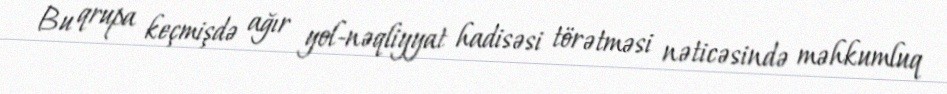
Bu qrupa keçmişdə ağır yol-nəqliyyat hadisəsi törətməsi nəticəsində məhkumluq